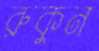
রুকুন